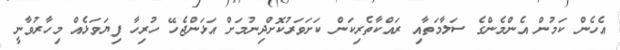
އެހެން ކަމުން އެންމެންގެ ސަލާމަތާއި ރައްކާތެރިކަން ކަށަވަރުކޮށްދިނުމަށް އަޅަންޖެހޭ ހުރިހާ ފިޔަވަޅެއް މިހާރުވާނީ